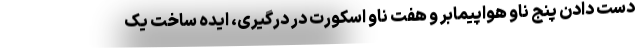
دست دادن پنج ناو هواپیمابر و هفت ناو اسکورت در درگیری، ایده ساخت یک